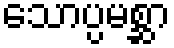
သောပ္ပမစ္ဆာ